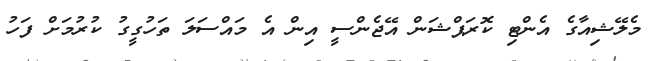
މެލޭޝިއާގެ އެންޓި ކޮރަޕްޝަން އޭޖެންސީ އިން އެ މައްސަލަ ތަހުގީގު ކުރުމަށް ފަހު